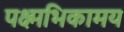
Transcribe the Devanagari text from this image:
पक्ष्मभिकामय